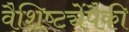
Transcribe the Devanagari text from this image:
वैशिष्ट्येंपैकी